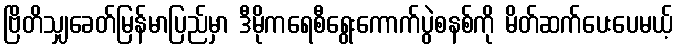
ဗြိတိသျှခေတ်မြန်မာပြည်မှာ ဒီမိုကရေစီရွေးကောက်ပွဲစနစ်ကို မိတ်ဆက်ပေးပေမယ့်